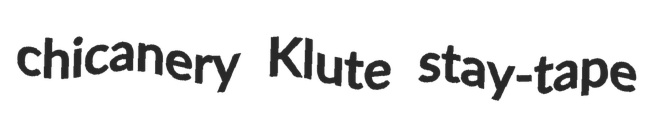
chicanery Klute stay-tape